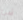
شئ